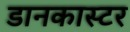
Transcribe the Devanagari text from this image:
डानकास्टर